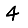
Digit: 4